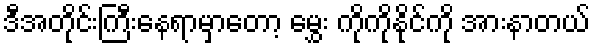
ဒီအတိုင်းကြီးနေရာမှာတော့ မွှေး ကိုကိုနိုင်ကို အားနာတယ်